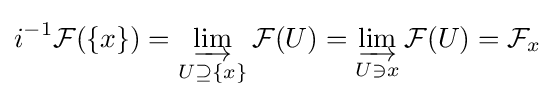
i^{-1}{\mathcal {F}}(\{x\})=\varinjlim _{U\supseteq \{x\}}{\mathcal {F}}(U)=\varinjlim _{U\ni x}{\mathcal {F}}(U)={\mathcal {F}}_{x}